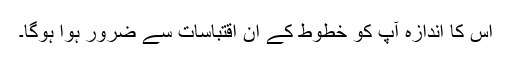
اس کا اندازہ آپ کو خطوط کے ان اقتباسات سے ضرور ہوا ہوگا۔